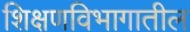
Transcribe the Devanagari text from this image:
शिक्षणविभागातील